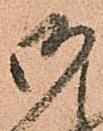
御